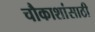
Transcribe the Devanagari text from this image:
चौकाशांसाठी